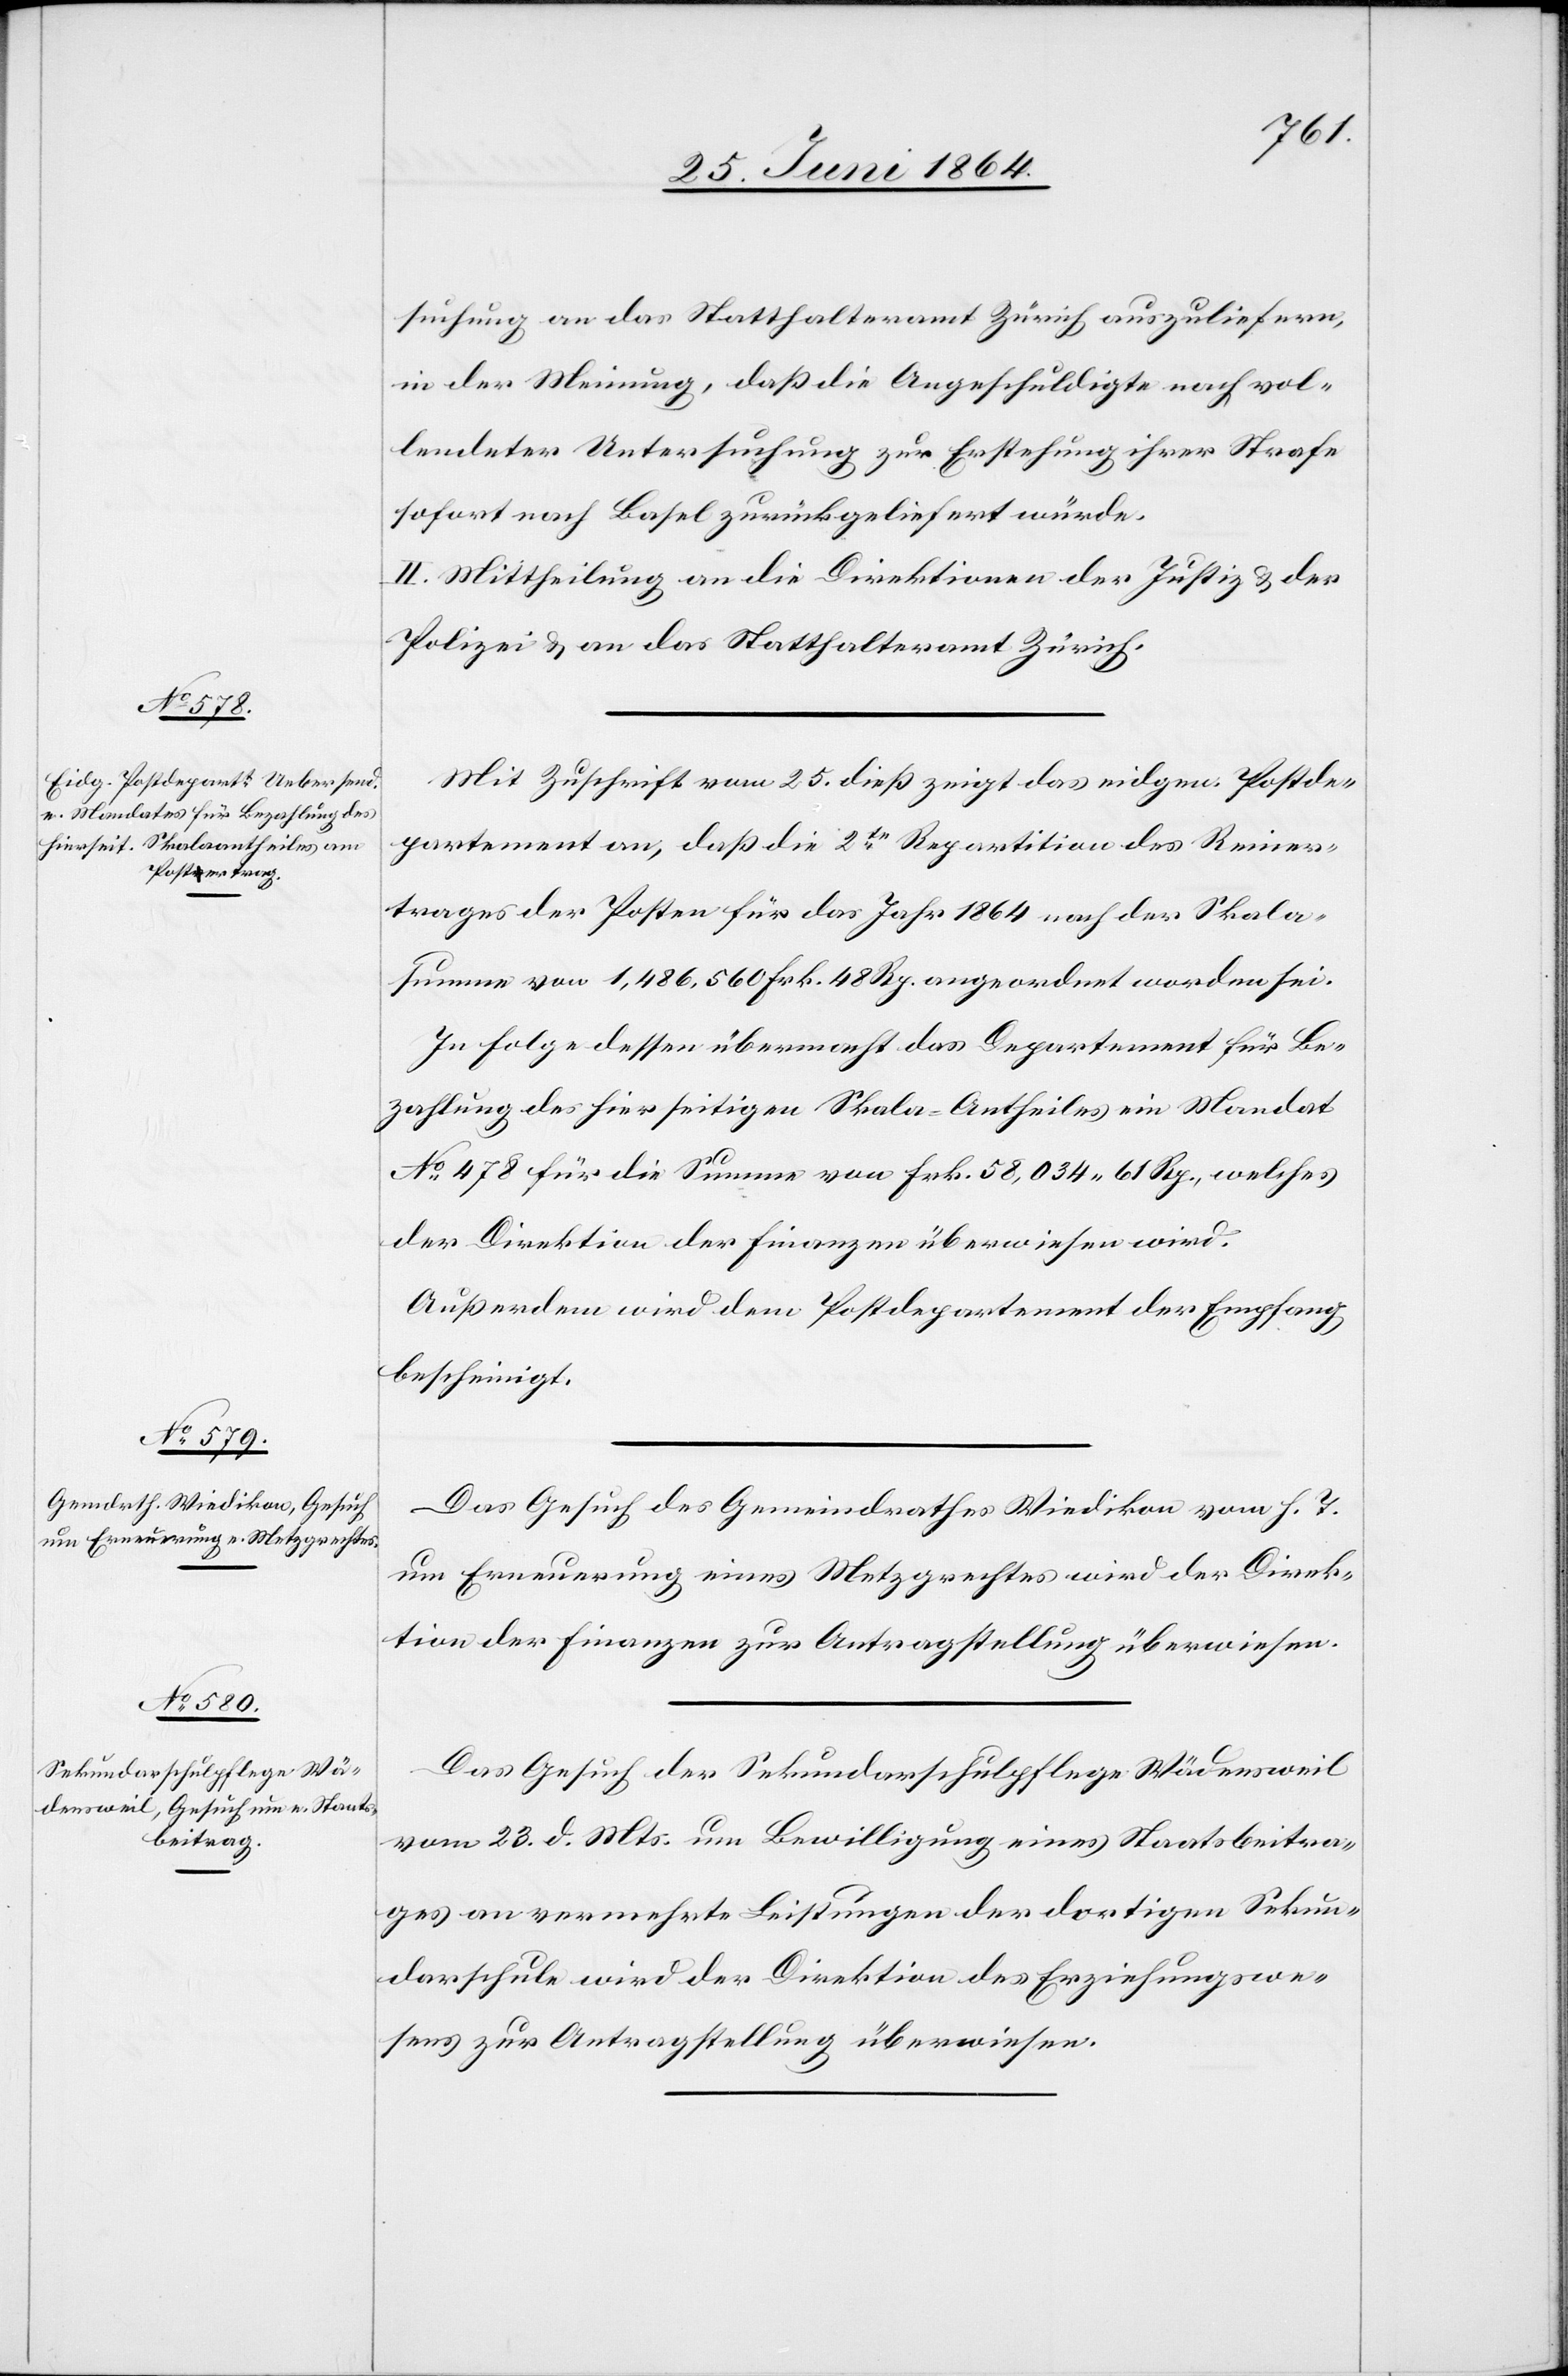
27. Juni 1864.]
suchung an das Statthalteramt Zürich auszuliefern,
in der Meinung, daß die Angeschuldigte nach vol¬
lendeter Untersuchung zur Erstehung ihrer Strafe
sofort nach Basel zurückgeliefert würde.
II. Mittheilung an die Direktionen der Justiz u. der
Polizei u. an das Statthalteramt Zürich.
Mit Zuschrift vom 25. dieß zeigt das eidgen. Postde¬
partement an, daß die 2te Repartition des Reiner¬
trages der Posten für das Jahr 1864 nach der Skala¬
summe von 1,486,560 Frk. 48 Rp. angeordnet worden sei.
In Folge dessen übermacht das Departement für Be¬
zahlung des hier seitigen Skala-Antheiles ein Mandat
No 478 für die Summe von Frk. 58,034 61 Rp., welches
der Direktion der Finanzen überwiesen wird.
Außerdem wird dem Postdepartement der Empfang
bescheinigt.
Das Gesuch der Sekundarschulpflege Wädensweil
vom 23. d. Mts. um Bewilligung eines Staatsbeitra¬
ges an vermehrte Leistungen der dortigen Sekun¬
darschule wird der Direktion des Erziehungswe¬
sens zur Antragstellung überwiesen.